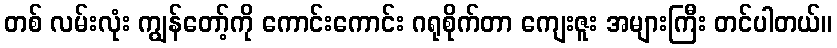
တစ် လမ်းလုံး ကျွန်တော့်ကို ကောင်းကောင်း ဂရုစိုက်တာ ကျေးဇူး အများကြီး တင်ပါတယ်။